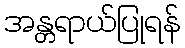
အန္တရာယ်ပြုရန်